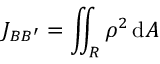
J _ { B B ^ { \prime } } = \iint _ { R } { \rho } ^ { 2 } \, \mathrm { d } A